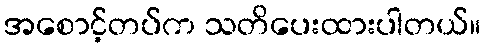
အစောင့်တပ်က သတိပေးထားပါတယ်။